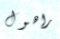
راهول